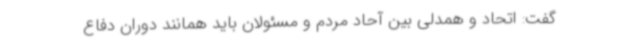
گفت: اتحاد و همدلی بین آحاد مردم و مسئولان باید همانند دوران دفاع